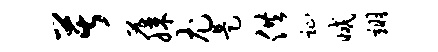
苦藤尤是供趾减翊